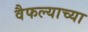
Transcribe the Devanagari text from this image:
वैफल्याच्या